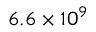
6 . 6 \times 1 0 ^ { 9 }